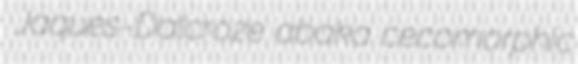
Jaques-Dalcroze abaka cecomorphic